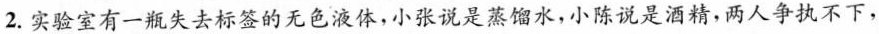
2.实验室有一瓶失去标签的无色液体，小张说是蒸馏水，小陈说是酒精，两人争执不下，